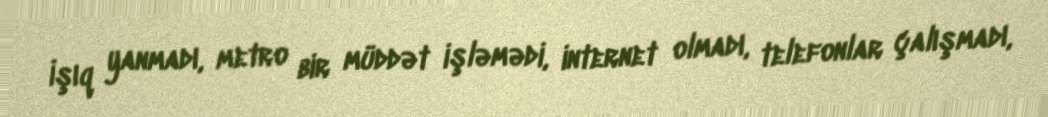
İşıq yanmadı, metro bir müddət işləmədi, internet olmadı, telefonlar çalışmadı,